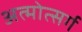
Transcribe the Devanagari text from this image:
अत्मोत्सर्ग